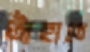
তাঁহাতে